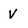
Character: V